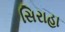
સિરાહા